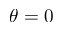
\theta = 0